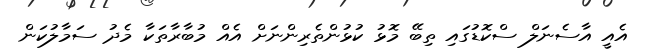
އެއީ އާސެނަލް ސްކޮޑުގައި ތިބޭ މޮޅު ކުޅުންތެރިންނަށް އެއް މުބާރާތަކާ މެދު ސަމާލުކަން